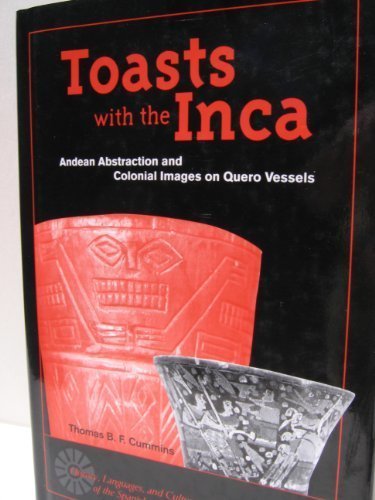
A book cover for Toasts with the Inca: Andean Abstraction and Colonial Images on Quero Vessels (History, Languages, and Cultures of the Spanish and Portuguese Worlds); Thomas B. F. Cummins; History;